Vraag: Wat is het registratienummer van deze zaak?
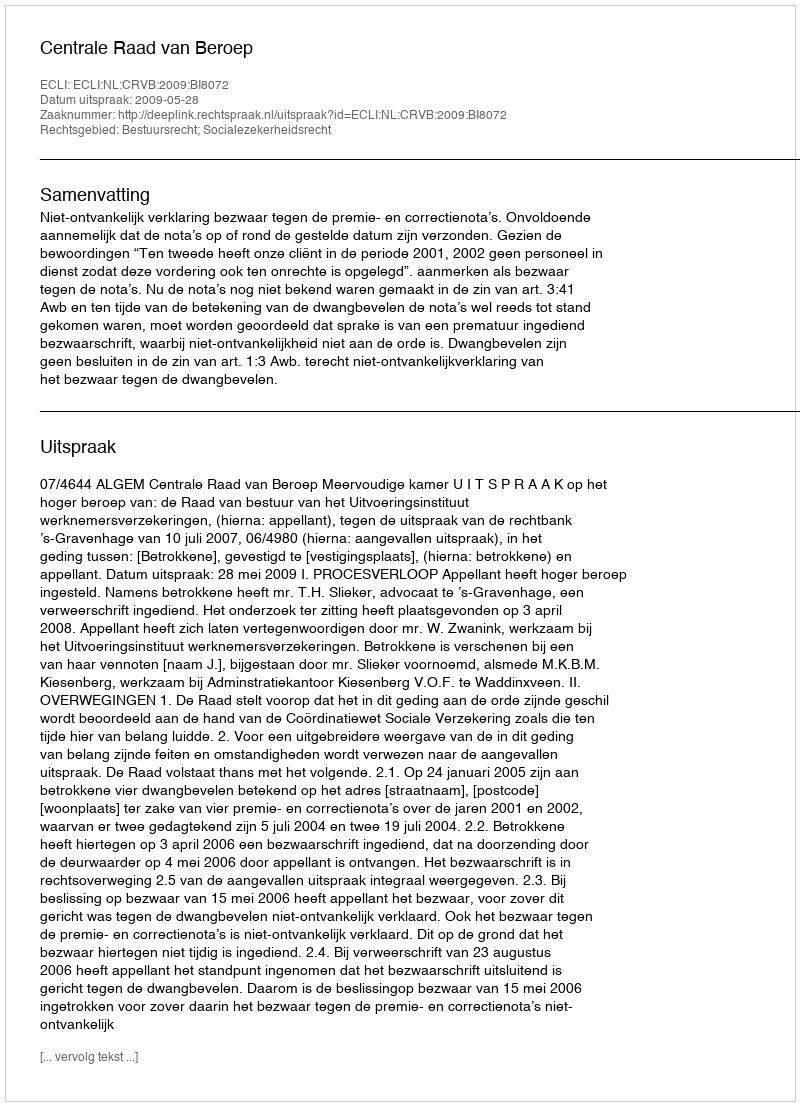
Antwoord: http://deeplink.rechtspraak.nl/uitspraak?id=ECLI:NL:CRVB:2009:BI8072